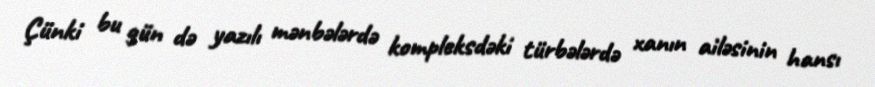
Çünki bu gün də yazılı mənbələrdə kompleksdəki türbələrdə xanın ailəsinin hansı